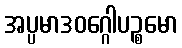
အပ္ပမာဒဝဂ္ဂေါပဉ္စမော